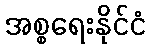
အစ္စရေးနိုင်ငံ